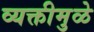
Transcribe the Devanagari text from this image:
व्यक्तीमुळे